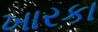
ખારકા